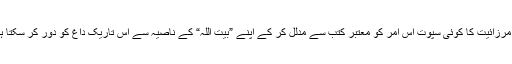
کیا مرزائیت کا کوئی سپوت اس امر کو معتبر کتب سے مدلل کر کے اپنے ”بیت اللہ“ کے ناصیہ سے اس تاریک داغ کو دور کر سکتا ہے؟